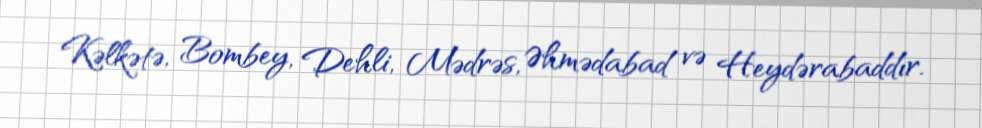
Kəlkətə, Bombey, Dehli, Mədrəs, Əhmədabad və Heydərabaddır.